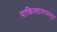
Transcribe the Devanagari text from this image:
पाकिस्तानापासून